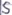
Text: S